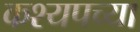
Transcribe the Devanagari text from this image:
कश्यपच्या